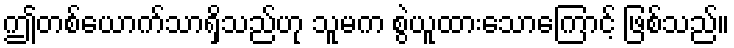
ဤတစ်ယောက်သာရှိသည်ဟု သူမက စွဲယူထားသောကြောင့် ဖြစ်သည်။